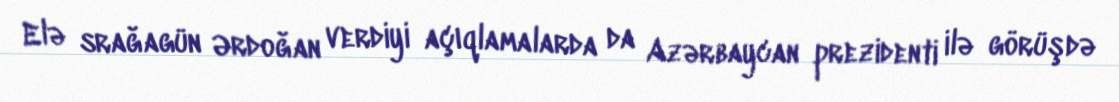
Elə srağagün Ərdoğan verdiyi açıqlamalarda da Azərbaycan prezidenti ilə görüşdə